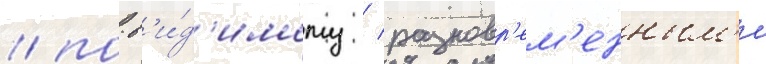
/ по-в'и́д'имому / разновр'ем'енным'и